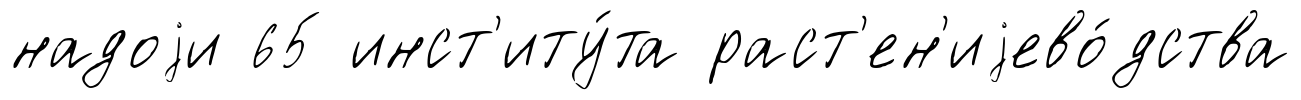
надоjи 65 инст'иту́та раст'ен'иjево́дства